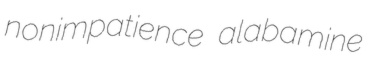
nonimpatience alabamine